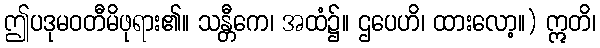
ဤပဒုမဝတီမိဖုရား၏။ သန္တီကေ၊ အထံ၌။ ဌပေဟိ၊ ထားလော့။) ဣတိ၊